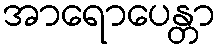
အာရောပေန္တာ